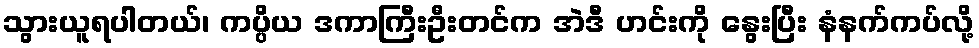
သွားယူရပါတယ်၊ ကပ္ပိယ ဒကာကြီးဦးတင်က အဲဒီ ဟင်းကို နွေးပြီး နံနက်ကပ်လို့